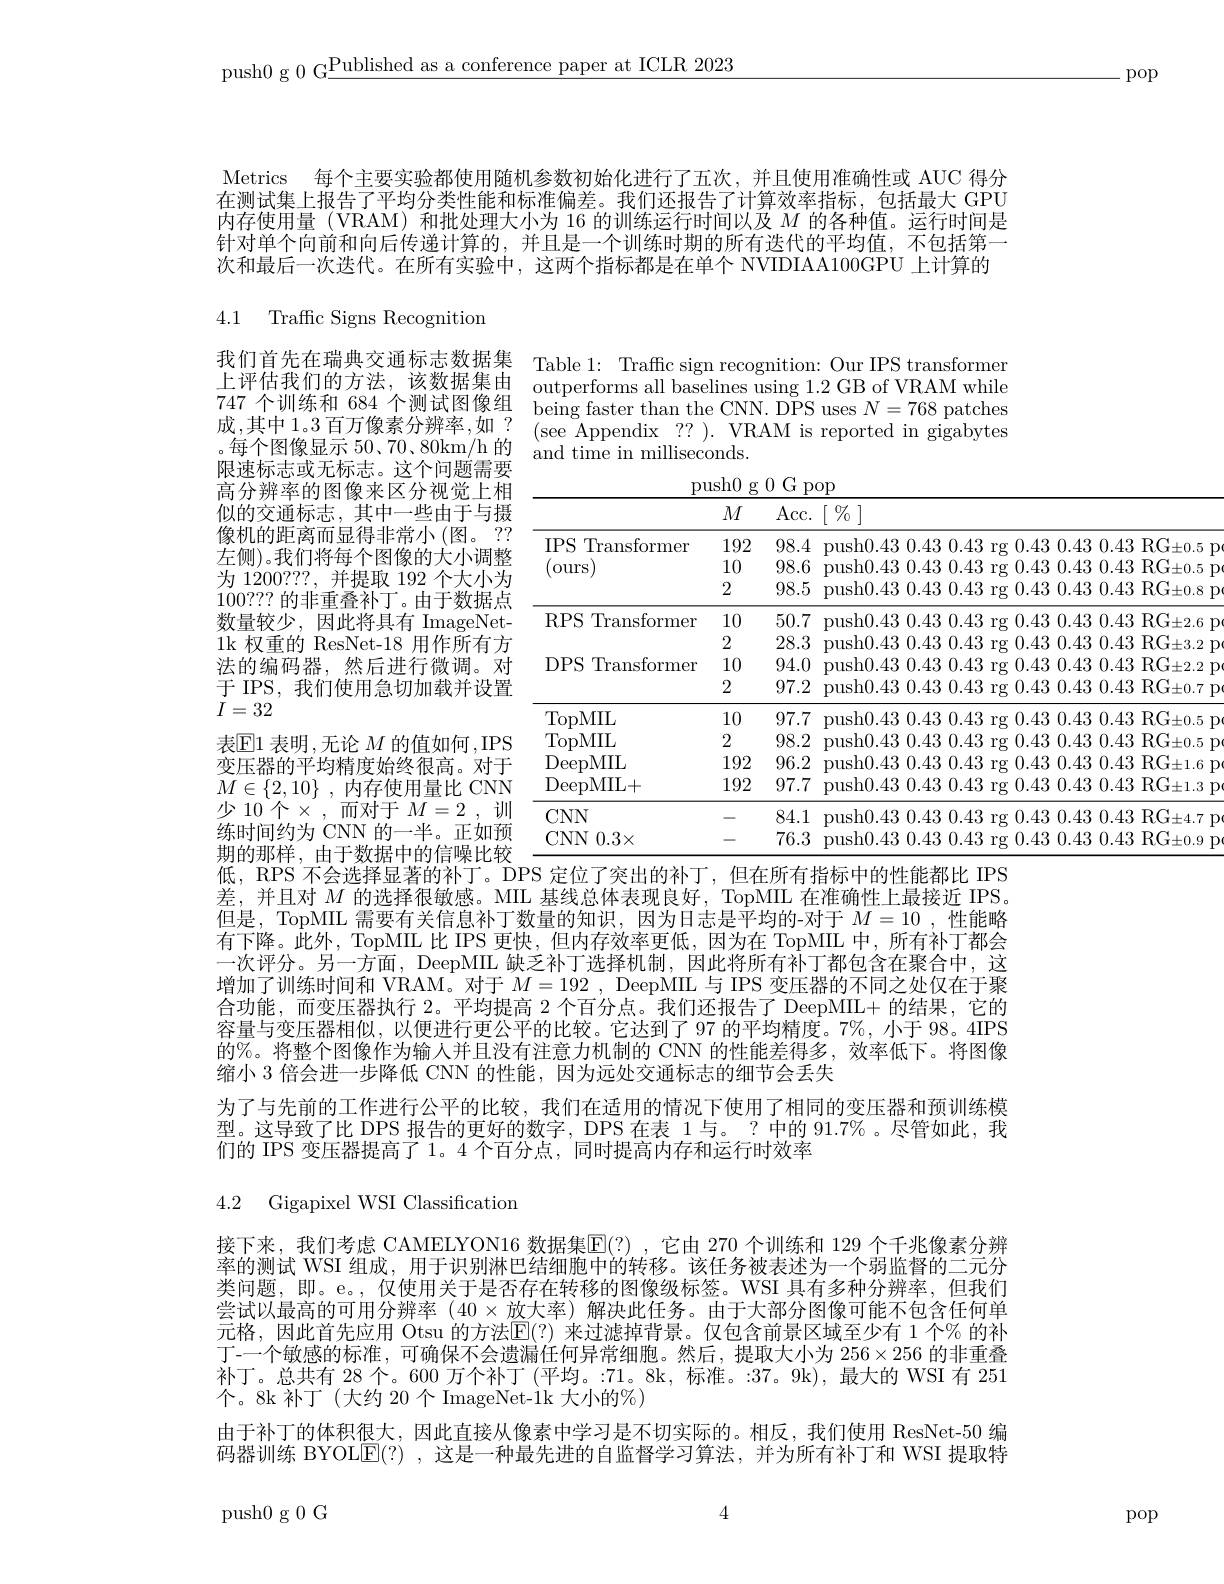
push0 g 0 G$\underline\text{Published as a conference paper at ICLR 2023}$

.pop

Metrics 每个主要实验都使用随机参数初始化进行了五次，并且使用准确性或 AUC 得分在测试集上报告了平均分类性能和标准偏差。我们还报告了计算效率指标，包括最大 GPU 内存使用量 (VRAM) 和批处理大小为 16 的训练运行时间以及$M$ 针对单个向前和向后传递计算的，并且是一个训练时期的所有迭代的平均值，不包括第一次和最后一次迭代。在所有实验中，这两个指标都是在单个 NVIDIAA100GPU 上计算的

4.1 Traffic Signs Recognition

我们首先在瑞典交通标志数据集 Table 1: Traffic sign recognition: Our IPS transformer 上评估我们的方法，该数据集由 outperforms all baselines using 1.2 GB of VRAM while
$\bar{\text{being faster than the CNN. DPS uses }N}=768$ patches
成，其中 1。3 百万像素分辨率，如？(see Appendix ?? ). VRAM is reported in gigabytes
。每 个 图 像 显 示 50、 70、 80km/ h的 and time in milliseconds. 阳 沛 坛 十 武 王 坛 十 , 这 个 问 服 皇 面 and time in milliseconds.

push0 g 0 G pop
<table>
	<tbody>
		<tr>
			<th> </th>
			<th>$M$</th>
			<th>Acc. </th>
			<th>$\left[\begin{array}{c}\%\\\end{array}\right]$</th>
		</tr>
		<tr>
			<td>$IPS$ Transformer (ours)</td>
			<td>192 10 2</td>
			<td>98.4 98.6 98.5</td>
			<td>push0.430.430.43rg0.430.430.43RG$\pm0.5$p push0.430.430.43 rg 0.430.430.43 RG$\pm0.5$ p push$0.43~0.43~0.43~$rg $0.43~0.43~0.43~0.43~$RG$\pm0.8~$push$0.43~0.43~0.43~$rg $0.43~0.43~0.43~0.43~$RG$\pm0.8~$p</td>
		</tr>
		<tr>
			<td>$IPS$ Transformer</td>
			<td>192</td>
			<td>98.4</td>
			<td>0.43 0.43 RG$\pm 0. 5$ P $\operatorname { \mathrm{nush}} 0$ 43 0 43 0 43 11/12 11</td>
		</tr>
		<tr>
			<td>ours</td>
			<td>10</td>
			<td>98.6</td>
			<td>nll p KI. -11</td>
		</tr>
		<tr>
			<td> </td>
			<td>2</td>
			<td>98.5</td>
			<td>push$0.43~0.43~0.43~$rg $0.43~0.43~0.43~0.43~$RG$\pm0.8~$push$0.43~0.43~0.43~$rg $0.43~0.43~0.43~0.43~$RG$\pm0.8~$p</td>
		</tr>
		<tr>
			<td>RPS Transformer</td>
			<td>10</td>
			<td>50.7</td>
			<td>push$0.43~0.43~0.43~$rg $0.43~0.43~0.43~0.43~$RG$\pm2.6~$push$0.43~0.43~0.43~$rg $0.43~0.43~0.43~0.43~0.43~$RG$\pm2.6~$p</td>
		</tr>
		<tr>
			<td> </td>
			<td>2</td>
			<td>28.3</td>
			<td>hll 177 $k_{1}$</td>
		</tr>
		<tr>
			<td>$DPS$ Transformer</td>
			<td>10</td>
			<td>94.0</td>
			<td>$211\boldsymbol{sh}(1A\boldsymbol{k})$ 1143 1143 $\mathbb{R}(\frac{1}{\mathbf{v}}-1)$ $4L$ </td>
		</tr>
		<tr>
			<td> </td>
			<td>2</td>
			<td>97.2</td>
			<td>push0.430.430.43rg0.430.430.43RG$\pm0.7$p</td>
		</tr>
		<tr>
			<td>TopMIL</td>
			<td>10</td>
			<td>97.7</td>
			<td>push$0.43~0.43~0.43~$rg $0.43~0.43~0.43~0.43~$RG$\pm0.5~$p</td>
		</tr>
		<tr>
			<td>TopMIL</td>
			<td>2</td>
			<td>98.2</td>
			<td>nish( ) 43 (1/43 11/13 11/12 0.13 $\mathrm{RG}_{+0.5}$ 1 1 1148 $\begin{pmatrix}1&1&1&1\\1&1&1\end{pmatrix}$</td>
		</tr>
		<tr>
			<td>DeepMIL</td>
			<td>192</td>
			<td>96.2</td>
			<td>211sh(1.43 1143 1143 $\mathbb{R}(\frac{1}{\mathbf{v}}-1)$ $4L$ 174</td>
		</tr>
		<tr>
			<td>DeepMIL+</td>
			<td>192</td>
			<td>97.7</td>
			<td>push$0.43~0.43~0.43~$rg $0.43~0.43~0.43~0.43~$RG$\pm1.3~$p</td>
		</tr>
		<tr>
			<td>$CNN$</td>
			<td>-</td>
			<td>84.1</td>
			<td>push$0.43~0.43~0.43~$rg $0.43~0.43~0.43~0.43~$RG$\pm4.7~$push$0.43~0.43~0.43~$rg $0.43~0.43~0.43~0.43~$RG$\pm4.7~$p</td>
		</tr>
		<tr>
			<td>CNN 0. 3$\times$</td>
			<td>-</td>
			<td>76.3</td>
			<td>hll 177 $\mathbb{K}(\frac{1}{2})$</td>
		</tr>
	</tbody>
</table>

747 个训练和 684 个测试图像组限速标志或无标志。这个问题需要高分辨率的图像来区分视觉上相似的交通标志，其中一些由于与摄像机的距离而显得非常小(图。?? 左侧)。我们将每个图像的大小调整为 1200???, 并提取 192 个大小为100???的非重叠补丁。由于数据点数量较少，因此将具有 ImageNet- 1k 权重的 ResNet-18 用作所有方法的编码器，然后进行微调。对于 IPS, 我们使用急切加载并设置$I=32$
表$\mathbb{E}$1 表明 ,无论$M$的值如何，IPS 变压器的平均精度始终很高。对于$M\in \{ 2, 10\}$ , $\underline {\text{内 存 使 用 量 比 CNN}}$ 少 10个$\times$,而对于 $M=2$, 训练时间约为 CNN 的一半。正如预期的那样，由于数据中的信噪比较低，RPS 不会选择显著的补丁。DPS 定位了突出的补丁，但在所有指标中的性能都比 IPS

差，并且对$M$的选择很敏感。MIL 基线总体表现良好，TopMIIL 在准确性上最接近 IPS。但是，TopMIL 需要有关信息补丁数量的知识，因为日志是平均的-对于$M=10$ ,性能略有下降。此外，TopMIL 比 IPS 更快，但内存效率更低，因为在 To 一次评分。另一方面，DeepMIL 缺乏补丁选择机制，因此将所有补丁都包含在聚合中，这增加了训练时间和 VRAM。对于 $M= 192$ , DeepMIL 与 IPS 变压器的不同之处仅在于聚合功能，而变压器执行 2。平均提高 2 个百分点。我们还报告了 DeepMIL+ 的结果，它的容量与变压器相似，以便进行更公平的比较。它达到了 97 的平均精度。7%, 小于 98。4IPS 的%。将整个图像作为输入并且没有注意力机制的 CNN 的性能差得多，效率低下。将图像缩小 3 倍会进一步降低 CNN 的性能，因为远处交通标志的细节会丢失
为了与先前的工作进行公平的比较，我们在适用的情况下使用了相同的变压器和预训练模型。这导致了比 DPS 报告的更好的数字，DPS 在表 1与。? 中的 9们的 IPS 变压器提高了 1。4 个百分点，同时提高内存和运行时效率

4.2 Gigapixel WSI Classification

接下来，我们考虑 CAMELYON16 数据集$\mathbb{E}(?)$ ,它由 270 个训练和 129 个千兆像素分辨率的测试 WSI 组成，用于识别淋巴结细胞中的转移。该任务被表述为一个弱监督的二元分类问题，即。e。,仅使用关于是否存在转移的图像级标签。WSI 具有多种分辨率，但我们尝试以最高的可用分辨率 (40$\times$放大率)解决此任务。由于大部分图像可能不包含任何单元格，因此首先应用 Otsu 的方法$\mathbb{E}(?)$ 来过滤掉背景。仅包含前景区域至少有 1 个% 的补丁-一个敏感的标准，可确保不会遗漏任何异常细胞。然后，提取大小为$256\times$ 补丁。总共有 28 个。600 万个补丁(平均。:71。8k, 标准。:37。9k), 最大的 WSI 有 251个。8k 补丁(大约 20 个 ImageNet-1k 大小的%)
由于补丁的体积很大，因此直接从像素中学习是不切实际的。相反，我们使用 ResNet-50 编码器训练 BYOLE(?) ,这是一种最先进的自监督学习算法，并为所有补丁和 WSI 提取特

4

push0 g 0 G

pop